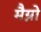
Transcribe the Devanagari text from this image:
मैग्नो